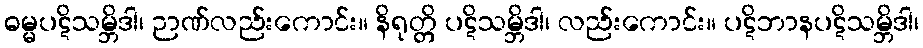
ဓမ္မပဋိသမ္ဘိဒါ၊ ဉာဏ်လည်းကောင်း။ နိရုတ္တိ ပဋိသမ္ဘိဒါ၊ လည်းကောင်း။ ပဋိဘာနပဋိသမ္ဘိဒါ၊